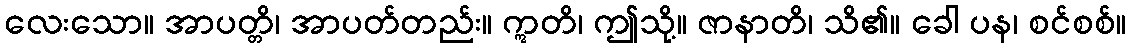
လေးသော။ အာပတ္တိ၊ အာပတ်တည်း။ ဣတိ၊ ဤသို့။ ဇာနာတိ၊ သိ၏။ ခေါ ပန၊ စင်စစ်။